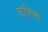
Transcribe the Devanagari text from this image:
तालिमी